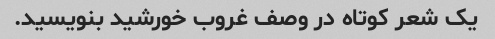
یک شعر کوتاه در وصف غروب خورشید بنویسید.